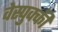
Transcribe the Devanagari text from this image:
वेस्पुक्की